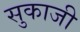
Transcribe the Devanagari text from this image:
सुकाजी